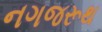
નગજરૂથ